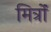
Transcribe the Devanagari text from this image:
मित्रोंं